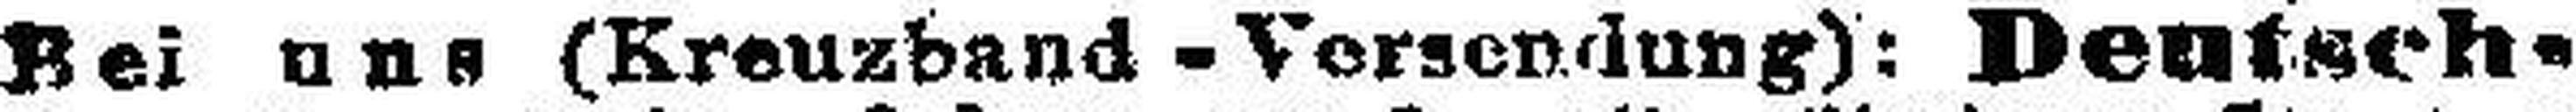
Bei uns (Kreuzband-Vorsendung): Deutsch¬